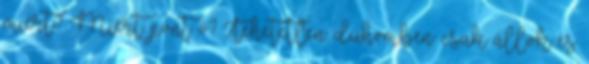
miért? Miért pont ő? Tehetetlen dühömben csak állok és